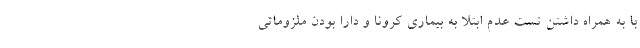
با به همراه داشتن تست عدم ابتلا به بیماری کرونا و دارا بودن ملزوماتی